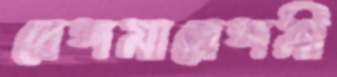
বেঙ্গমাবেঙ্গমী